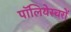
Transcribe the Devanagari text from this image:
पॉलियेस्चरों